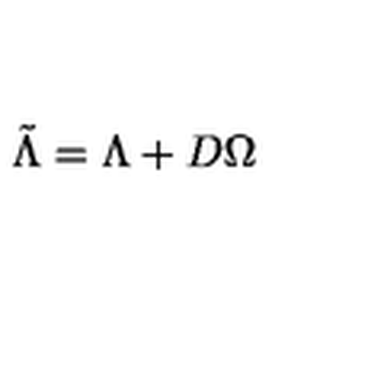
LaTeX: \tilde { \Lambda } = \Lambda + D \Omega